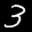
Label: 3